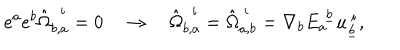
LaTeX: e ^ { a } e ^ { b } \hat { \Omega } _ { b , a } ^ { ~ ~ i } = 0 \quad \rightarrow \quad \hat { \Omega } _ { b , a } ^ { ~ ~ i } = \hat { \Omega } _ { a , b } ^ { ~ i } = { \nabla } _ { b } E _ { a } ^ { ~ \underline { { b } } } u _ { \underline { { b } } } ^ { ~ i } ,